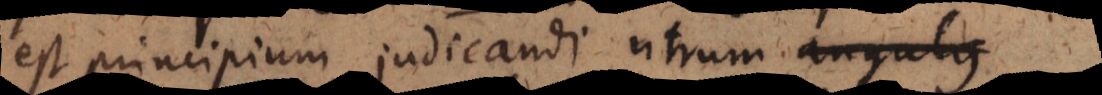
est principium judicandi utrum angulus